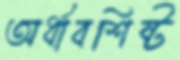
অর্ধাবশিষ্ট